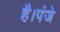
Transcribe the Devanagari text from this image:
है।पंजे